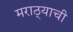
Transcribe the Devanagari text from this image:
मराठ्याची